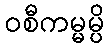
ဝစီကမ္မမ္ပိ